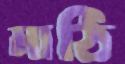
মাঠি